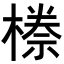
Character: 𭫯